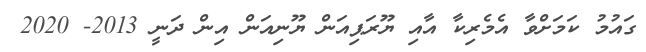
ގައުމު ކަމަށްވާ އެމެރިކާ އާއި ޔޫރަޕިއަން ޔޫނިއަން އިން ދަނީ 2013- 2020